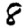
Digit: 8